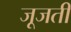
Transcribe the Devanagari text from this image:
जूजती